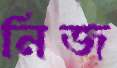
নিজ